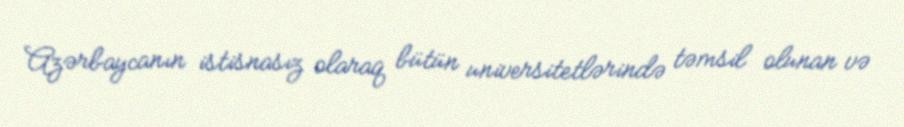
Azərbaycanın istisnasız olaraq bütün universitetlərində təmsil olunan və